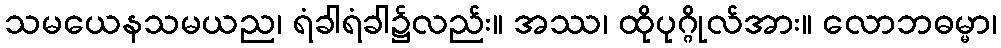
သမယေနသမယည၊ ရံခါရံခါ၌လည်း။ အဿ၊ ထိုပုဂ္ဂိုလ်အား။ လောဘဓမ္မာ၊